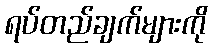
ရပ်တည်ချက်များကို